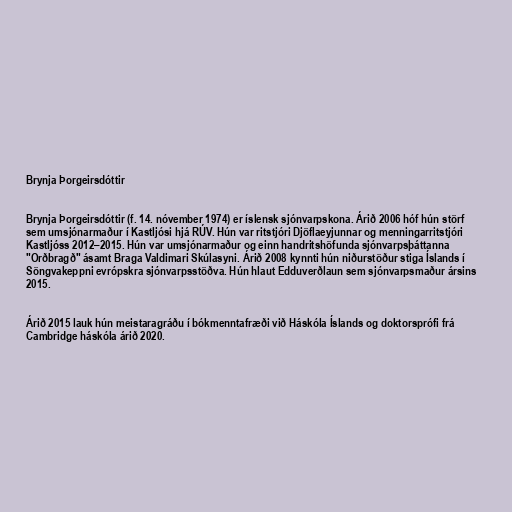
Brynja Þorgeirsdóttir

Brynja Þorgeirsdóttir (f. 14. nóvember 1974) er íslensk sjónvarpskona. Árið 2006 hóf hún störf
sem umsjónarmaður í Kastljósi hjá RÚV. Hún var ritstjóri Djöflaeyjunnar og menningarritstjóri
Kastljóss 2012–2015. Hún var umsjónarmaður og einn handritshöfunda sjónvarpsþáttanna
"Orðbragð" ásamt Braga Valdimari Skúlasyni. Árið 2008 kynnti hún niðurstöður stiga Íslands í
Söngvakeppni evrópskra sjónvarpsstöðva. Hún hlaut Edduverðlaun sem sjónvarpsmaður ársins
2015.

Árið 2015 lauk hún meistaragráðu í bókmenntafræði við Háskóla Íslands og doktorsprófi frá
Cambridge háskóla árið 2020.